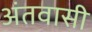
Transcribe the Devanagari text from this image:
अंतवासी